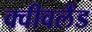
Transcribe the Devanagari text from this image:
क्वीवलैंड